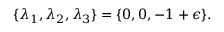
\{ \lambda _ { 1 } , \lambda _ { 2 } , \lambda _ { 3 } \} = \{ 0 , 0 , - 1 + \epsilon \} .